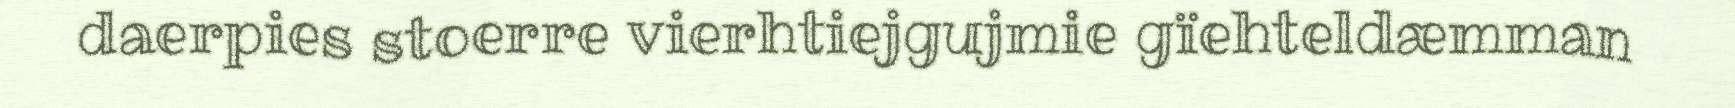
daerpies stoerre vierhtiejgujmie gïehteldæmman